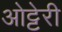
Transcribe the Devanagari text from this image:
ओट्टेरी